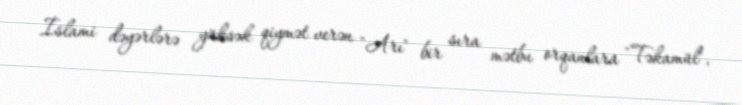
İslami dəyərlərə yüksək qiymət verən "Arı" bir sıra mətbu orqanlara "Təkamül",